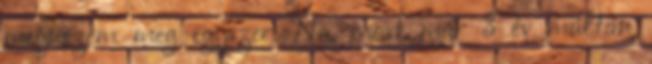
megnezem meg egyszer. Na, most már 3 év múltán